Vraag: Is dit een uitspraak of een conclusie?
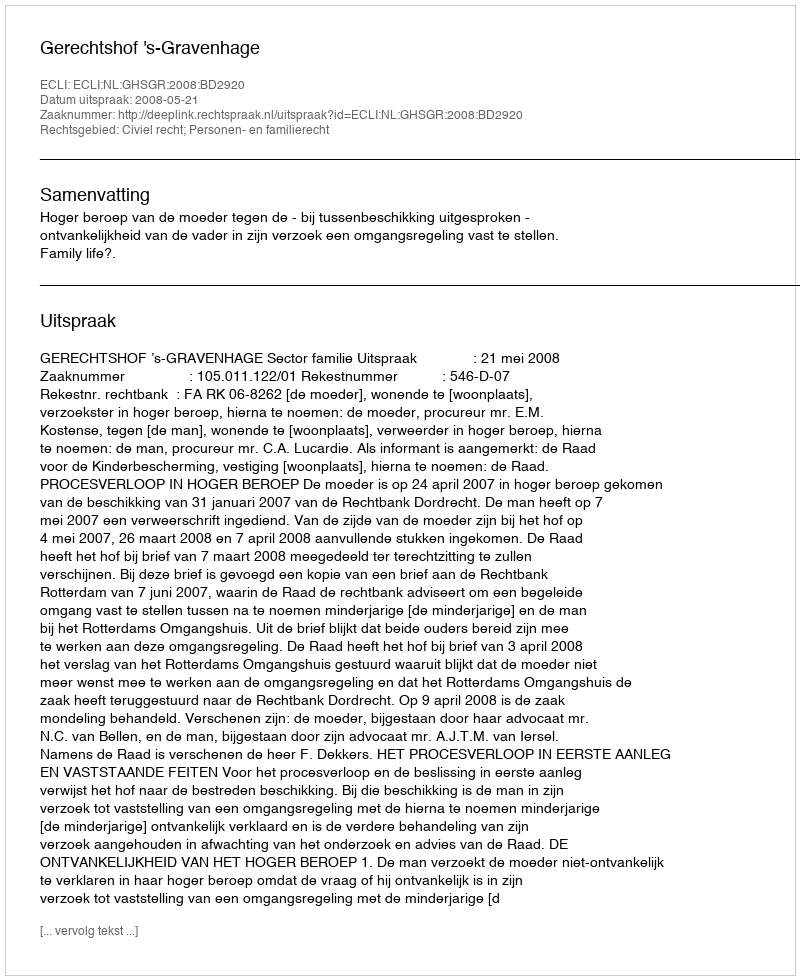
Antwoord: Uitspraak